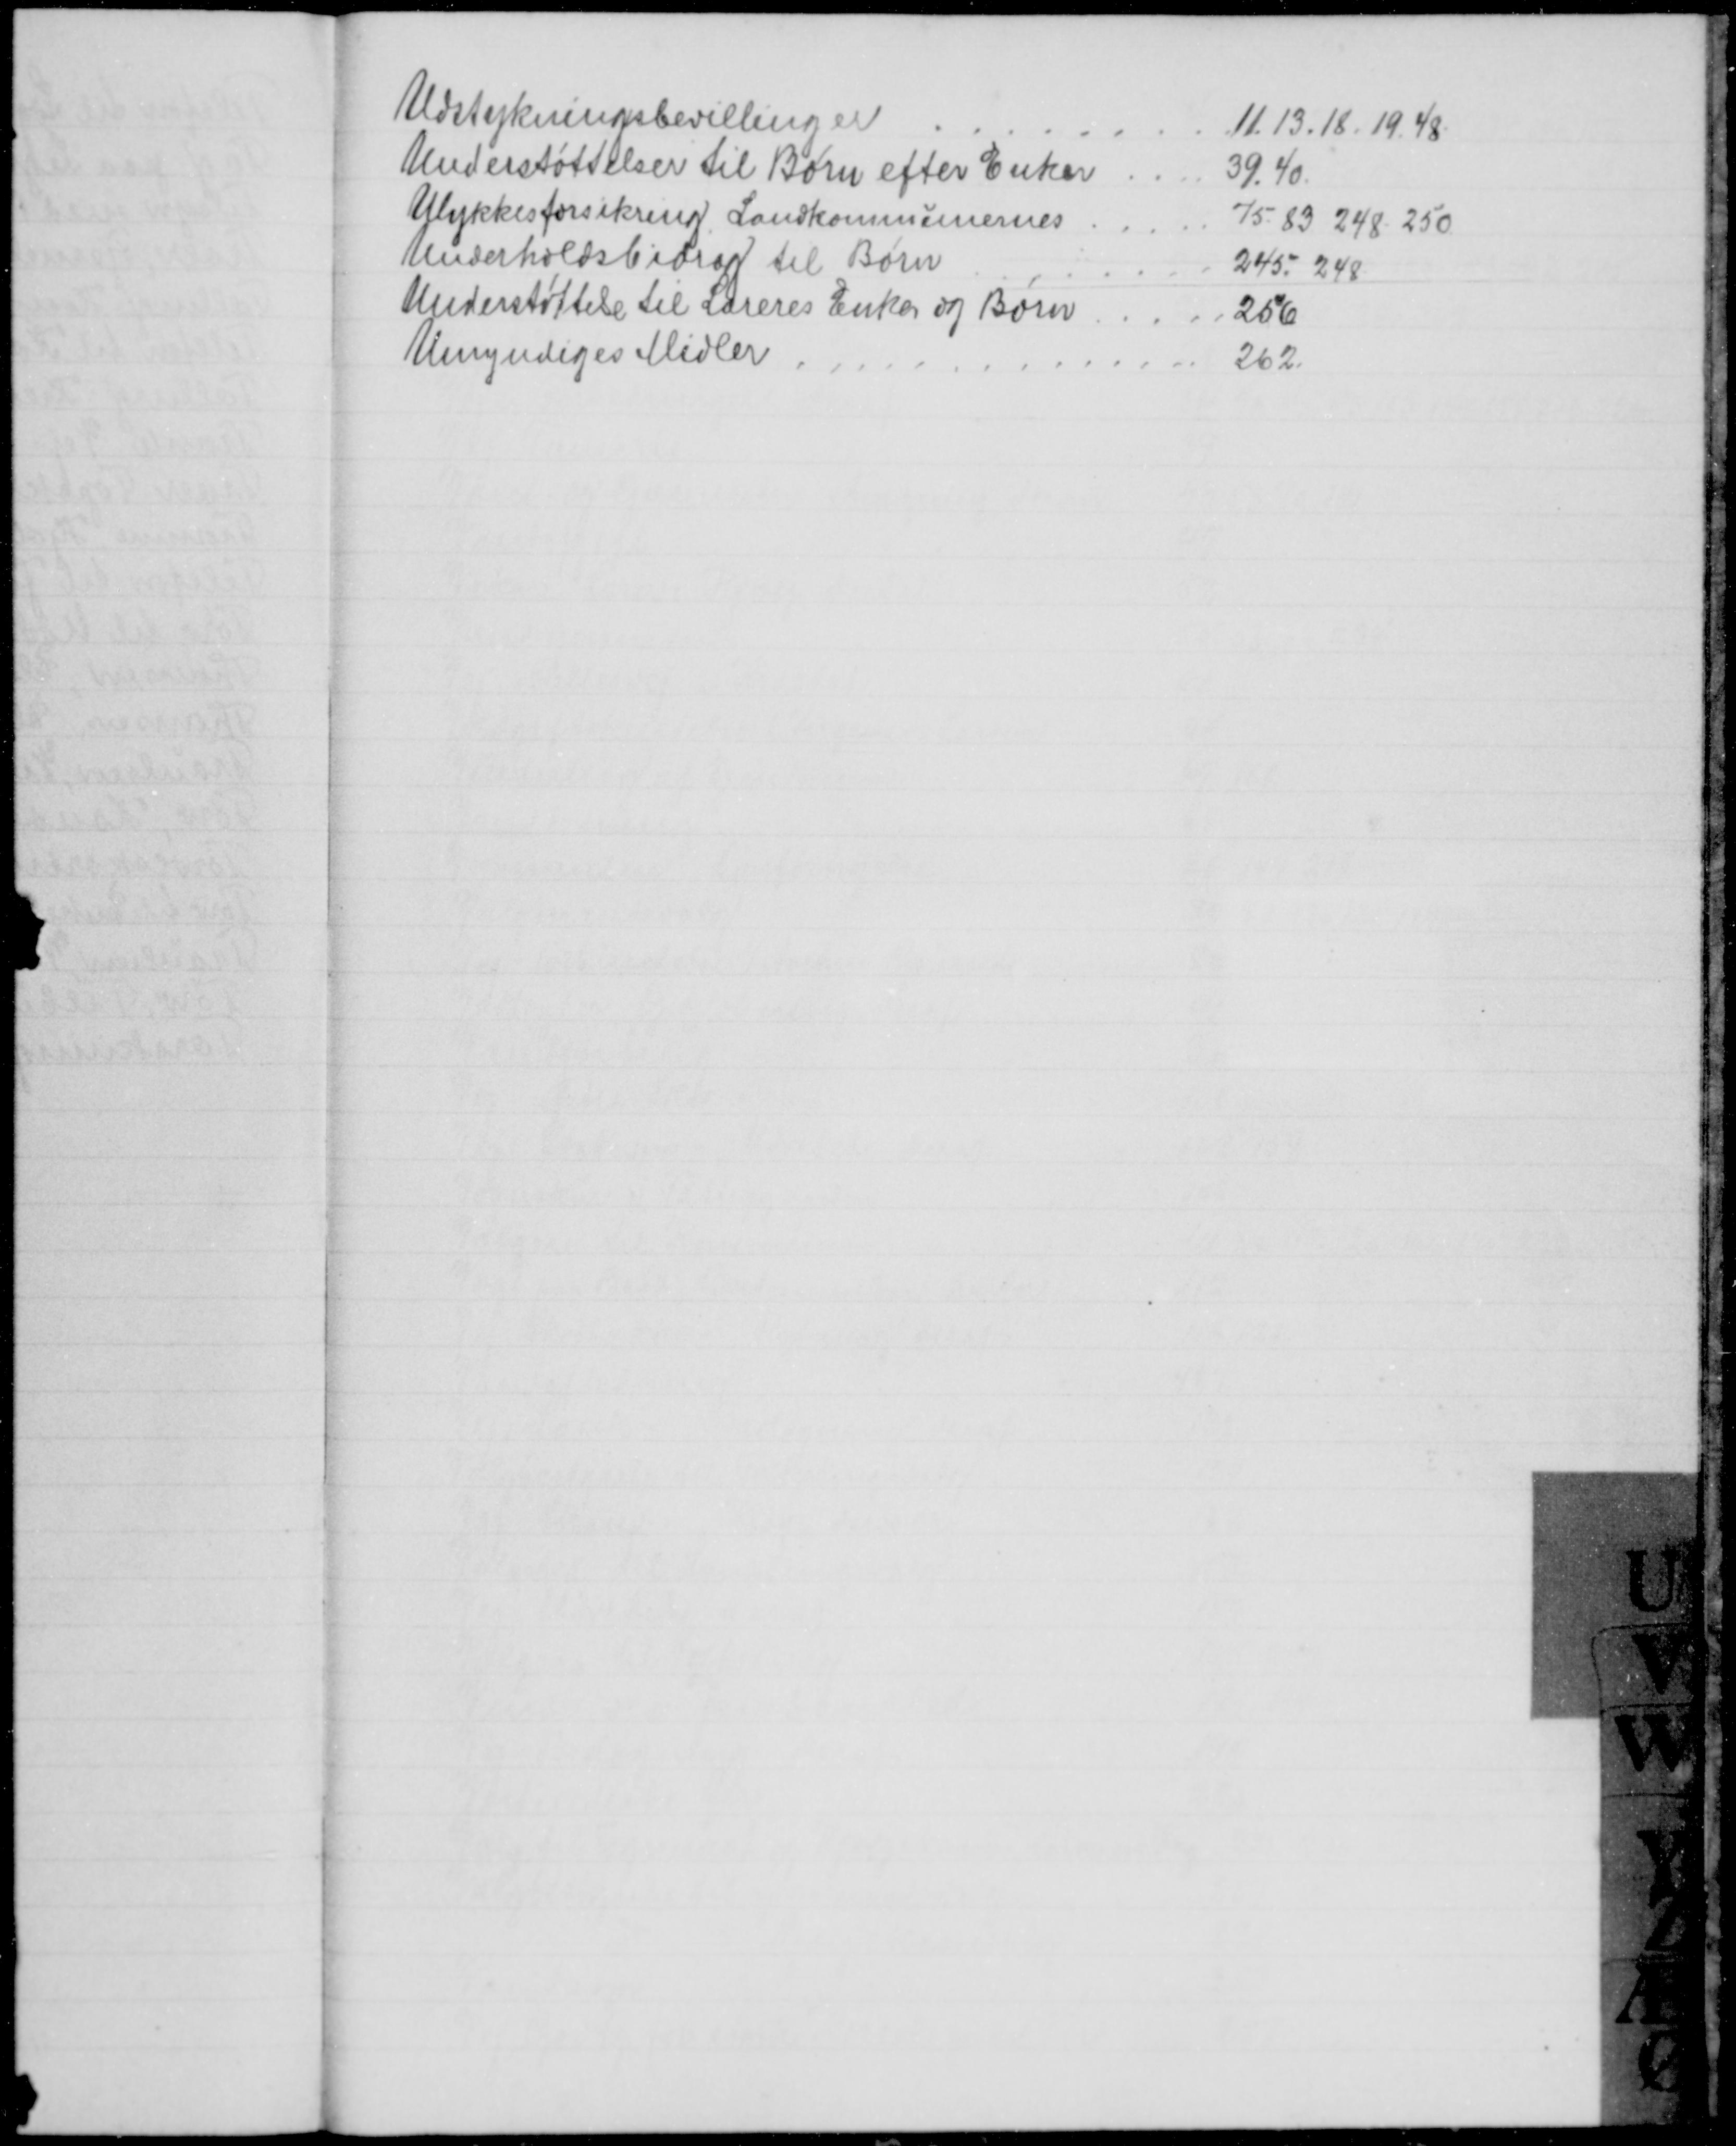
Transskription:
Udstykningsbevillinger
11.13.18. 19. 48.
Understøttelser til Børn efter Enker
39. 40.
Ulykkesforsikring Landkommunernes
75. 83. 248. 250
Underholdsbidrag til Børn
245. 248
Understøttelse til Læreres Enker og Børn
256
Umyndiges Midler
262.